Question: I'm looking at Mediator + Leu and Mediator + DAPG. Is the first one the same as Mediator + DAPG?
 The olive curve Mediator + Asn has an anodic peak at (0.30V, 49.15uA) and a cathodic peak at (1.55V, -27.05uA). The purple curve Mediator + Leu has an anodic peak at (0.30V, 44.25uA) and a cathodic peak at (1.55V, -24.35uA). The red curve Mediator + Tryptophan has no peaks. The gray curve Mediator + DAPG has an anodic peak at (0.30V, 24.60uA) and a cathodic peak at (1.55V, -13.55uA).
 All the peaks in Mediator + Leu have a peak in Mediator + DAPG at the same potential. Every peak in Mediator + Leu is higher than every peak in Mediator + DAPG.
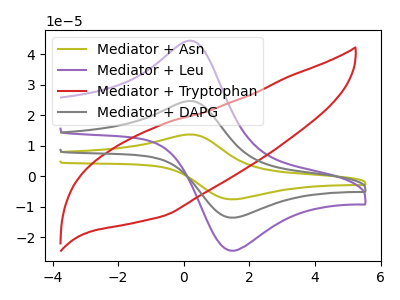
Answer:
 <answer>"Mediator + Leu" and "Mediator + DAPG" are similar in shape.</answer>
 <eval>same_shape</eval>